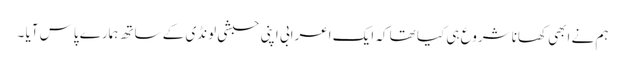
ہم نے ابھی کھانا شروع ہی کیا تھا کہ ایک اعرابی اپنی حبشی لونڈی کے ساتھ ہمارے پاس آیا ۔